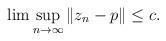
LaTeX: \begin{align*}\lim \sup_{n\rightarrow \infty }\left\Vert z_{n}-p\right\Vert \leq c. \end{align*}